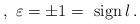
\begin{align*}\,,\,\,\varepsilon =\pm 1=\,{\rm \,sign\,}l\,. \end{align*}